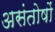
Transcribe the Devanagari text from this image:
असंतोषों